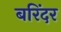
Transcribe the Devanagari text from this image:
बरिंदर